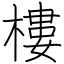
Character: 樓